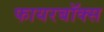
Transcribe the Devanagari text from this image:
फायरबॉक्स